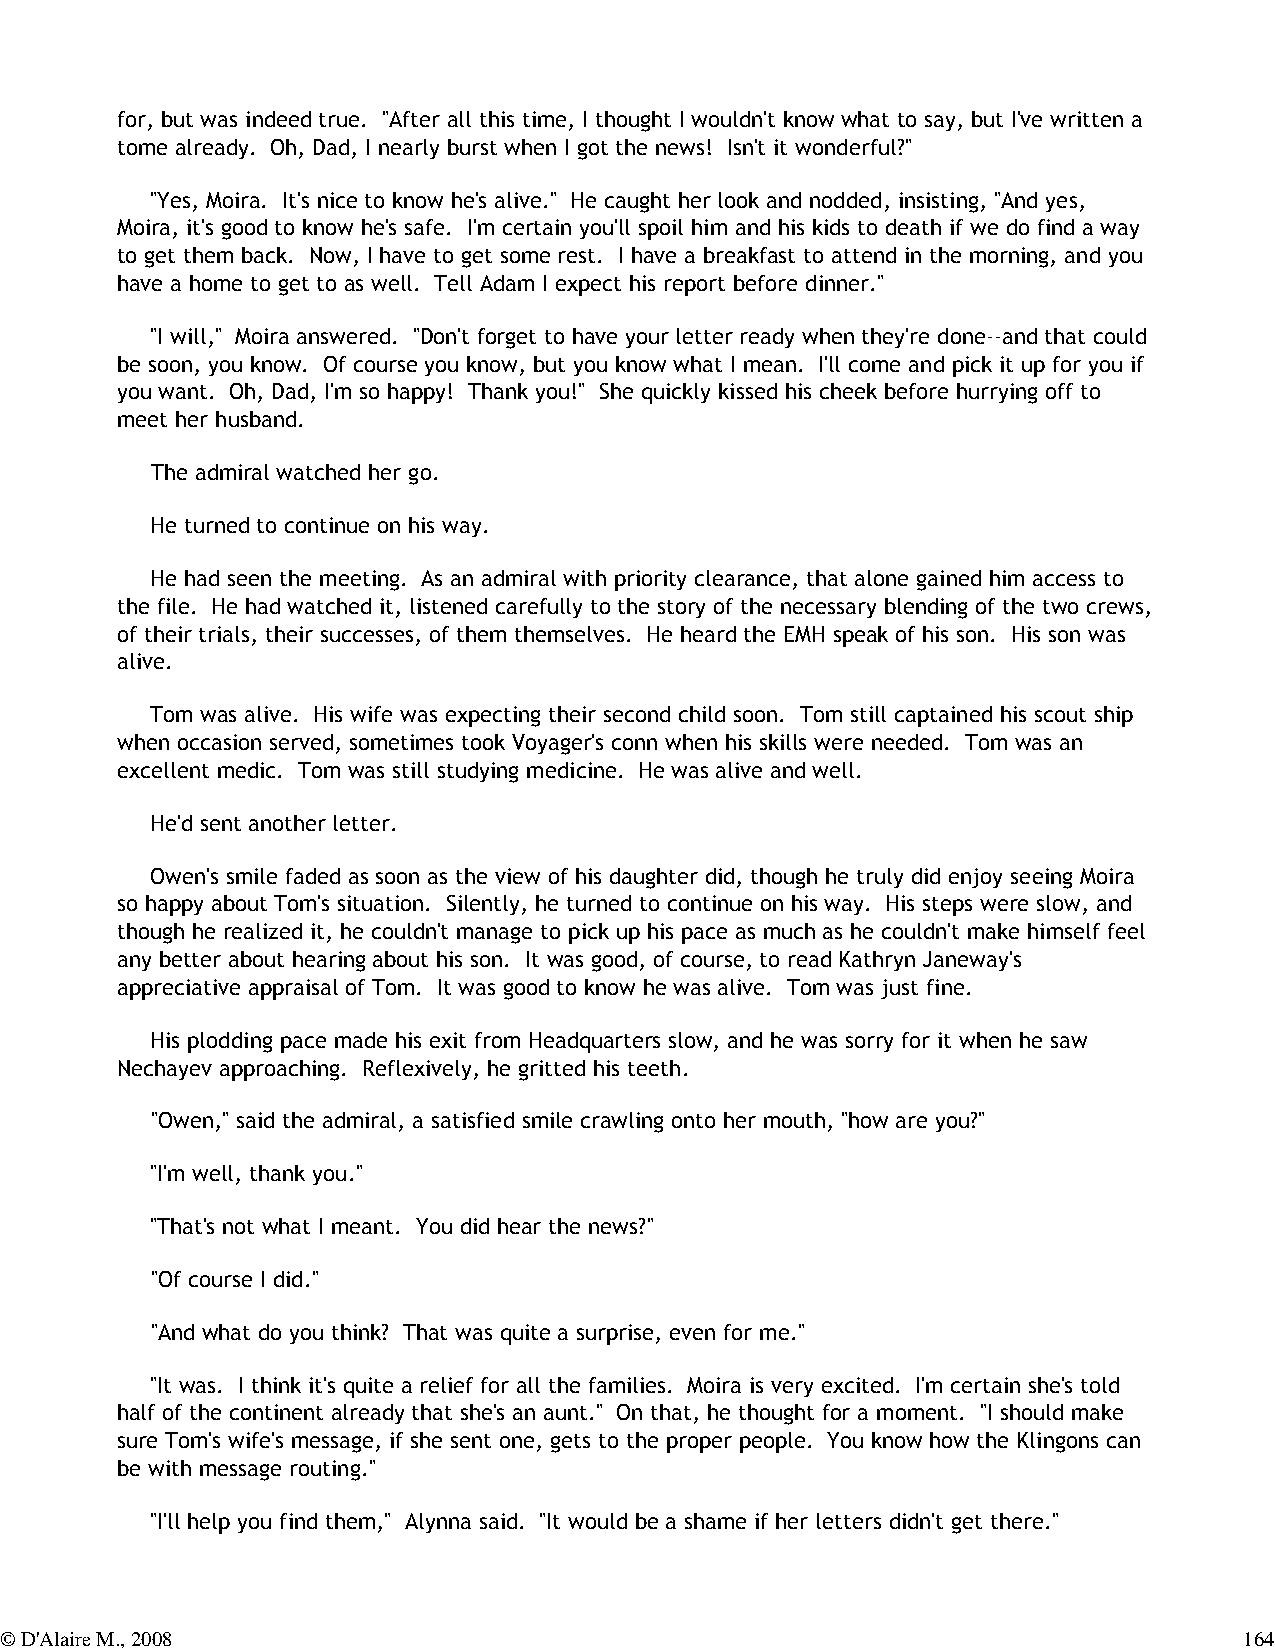
for, but was indeed true. "After all this time, I thought I wouldn't know what to say, but I've written a
 tome already. Oh, Dad, I nearly burst when I got the news! Isn't it wonderful?"
 "Yes, Moira. It's nice to know he's alive." He caught her look and nodded, insisting, "And yes,
 Moira, it's good to know he's safe. I'm certain you'll spoil him and his kids to death if we do find a way
 to get them back. Now, I have to get some rest. I have a breakfast to attend in the morning, and you
 have a home to get to as well. Tell Adam I expect his report before dinner."
 "I will," Moira answered. "Don't forget to have your letter ready when they're done--and that could
 be soon, you know. Of course you know, but you know what I mean. I'll come and pick it up for you if
 you want. Oh, Dad, I'm so happy! Thank you!" She quickly kissed his cheek before hurrying off to
 meet her husband.
 The admiral watched her go.
 He turned to continue on his way.
 He had seen the meeting. As an admiral with priority clearance, that alone gained him access to
 the file. He had watched it, listened carefully to the story of the necessary blending of the two crews,
 of their trials, their successes, of them themselves. He heard the EMH speak of his son. His son was
 alive.
 Tom was alive. His wife was expecting their second child soon. Tom still captained his scout ship
 when occasion served, sometimes took Voyager's conn when his skills were needed. Tom was an
 excellent medic. Tom was still studying medicine. He was alive and well.
 He'd sent another letter.
 Owen's smile faded as soon as the view of his daughter did, though he truly did enjoy seeing Moira
 so happy about Tom's situation. Silently, he turned to continue on his way. His steps were slow, and
 though he realized it, he couldn't manage to pick up his pace as much as he couldn't make himself feel
 any better about hearing about his son. It was good, of course, to read Kathryn Janeway's
 appreciative appraisal of Tom. It was good to know he was alive. Tom was just fine.
 His plodding pace made his exit from Headquarters slow, and he was sorry for it when he saw
 Nechayev approaching. Reflexively, he gritted his teeth.
 "Owen," said the admiral, a satisfied smile crawling onto her mouth, "how are you?"
 "I'm well, thank you."
 "That's not what I meant. You did hear the news?"
 "Of course I did."
 "And what do you think? That was quite a surprise, even for me."
 "It was. I think it's quite a relief for all the families. Moira is very excited. I'm certain she's told
 half of the continent already that she's an aunt." On that, he thought for a moment. "I should make
 sure Tom's wife's message, if she sent one, gets to the proper people. You know how the Klingons can
 be with message routing."
 "I'll help you find them," Alynna said. "It would be a shame if her letters didn't get there."
 © D'Alaire M., 2008                                                               164